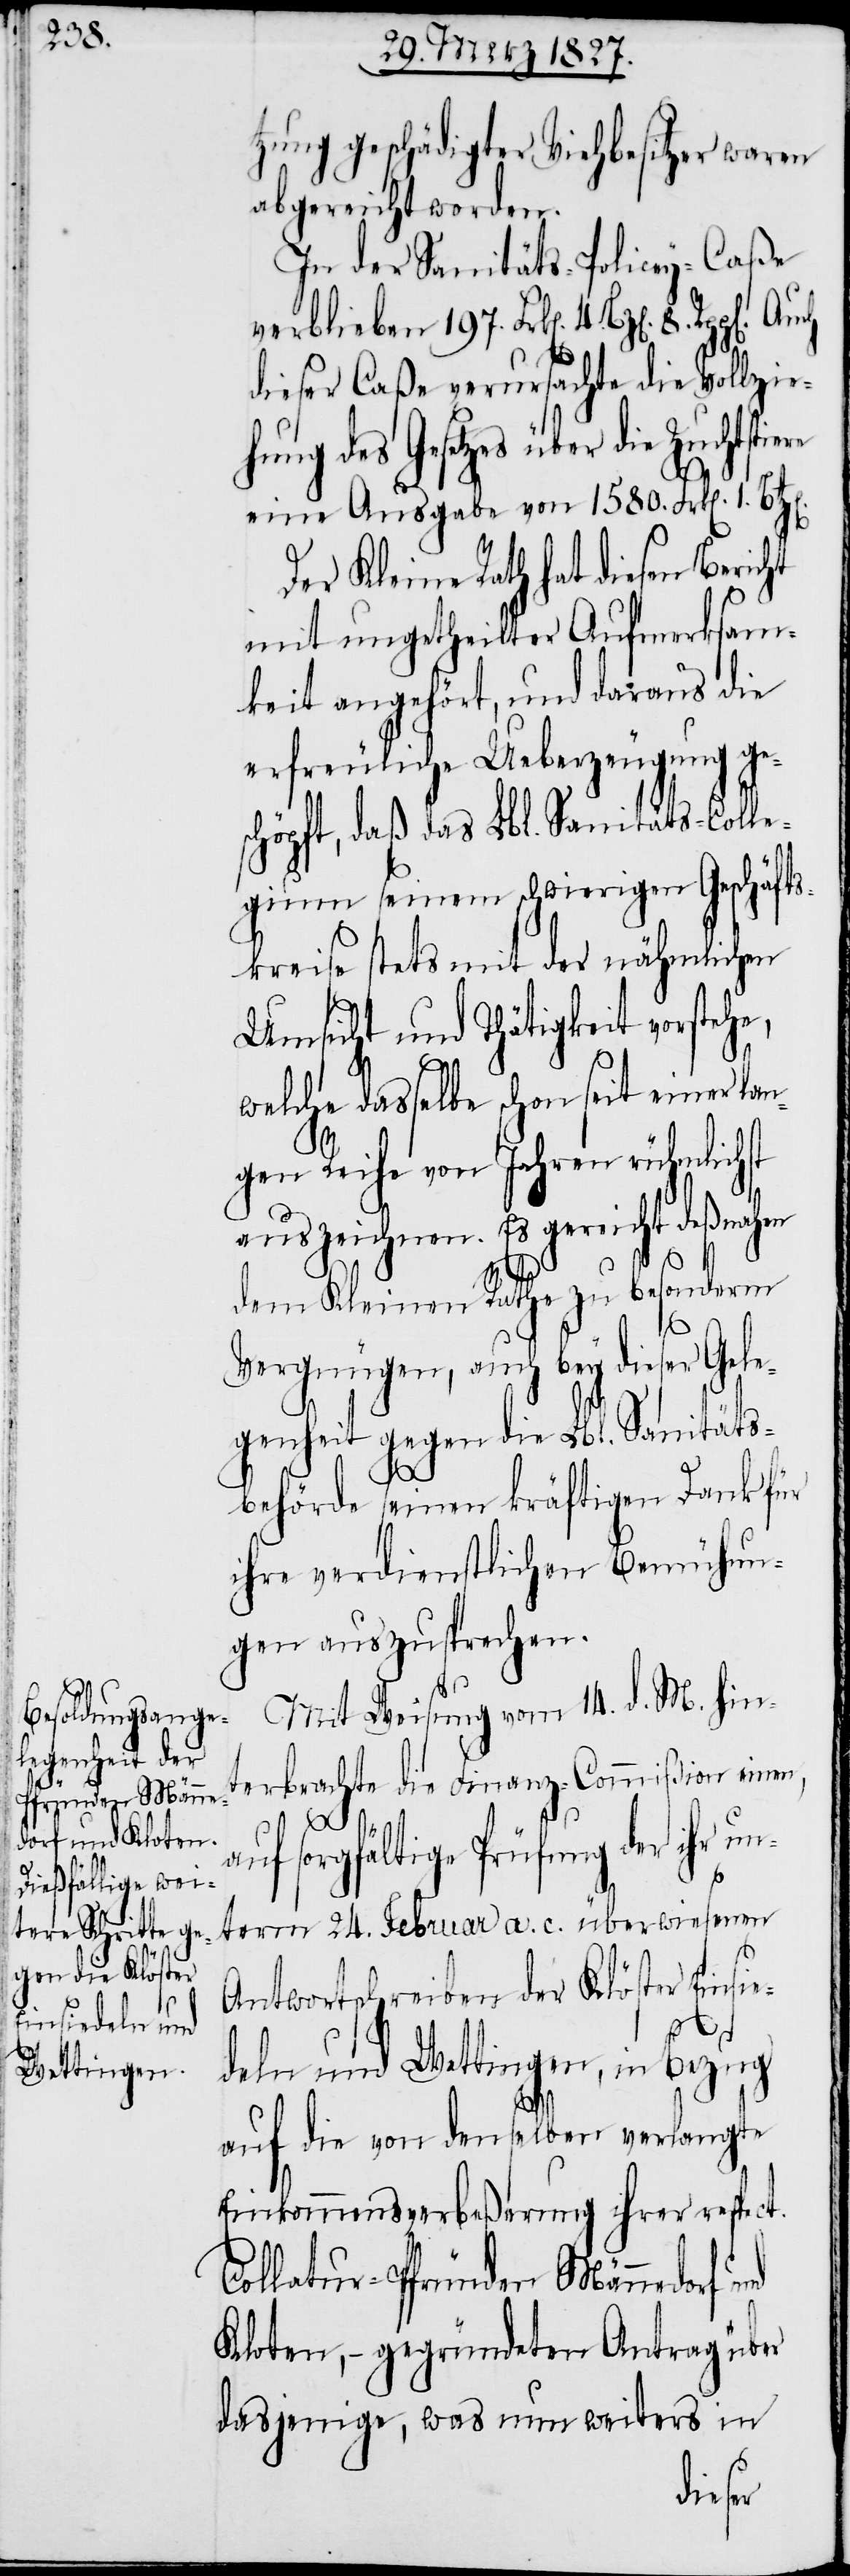
he,

tzung geschädigter Viehbesitzer waren
abgereicht worden.
In der Sanitäts-Policey-Caße
verblieben 197. Frk[en]. 4. Bz[en]. 8.
dieser Caße verursachte die Vollzie¬
hung des Gesetzes über die Zuchts¬
eine Ausgabe von 1580. Frk[en]. 1.
Der Kleine Rath hat diesen Bericht
mit ungetheilter Aufmerksam¬
keit angehört, und daraus die
erfreuliche Ueberzeugung ge¬
schöpft, daß das Lbl. Sanitäts-Colle¬
gium seinem schwierigen Geschäfts¬
kreise stets mit der nähmlichen
Umsicht und Thätigkeit vorste¬
welche dasselbe schon seit einer lan¬
gen Reihe von Jahren rühmlichst
auszeichnen. Es gereicht deßnahen
dem Kleinen Rathe zu besonderm
Vergnügen, auch bey dieser Gel¬
egenheit gegen die Lbl. Sanitäts¬
behörde seinen kräftigen Dank für
ihre verdienstlichen Bemühun¬
gen auszusprechen.
Mit Weisung vom 14. d. M. hint¬
erbrachte die Finanz-Commißion einen,
auf sorgfältige Prüfung der ihr un¬
term 24. Februar a. c. überwiesenen
Antwortschreiben der Klöster Einsie¬
deln und Wettingen, in Bezug
auf die von denselben verlangte
Einkommensverbeßerung ihrer respect.
Collatur-Pfründen Männedorf
Kloten, – gegründeten Antrag über
dasjenige, was nun weiters in